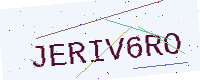
Text: JERIV6RO